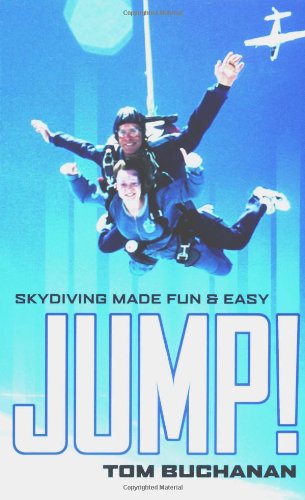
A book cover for JUMP! : Skydiving Made Fun & Easy; Tom Buchanan; Sports & Outdoors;